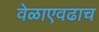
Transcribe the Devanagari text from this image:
वेळाएवढाच